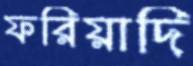
ফরিয়াদি